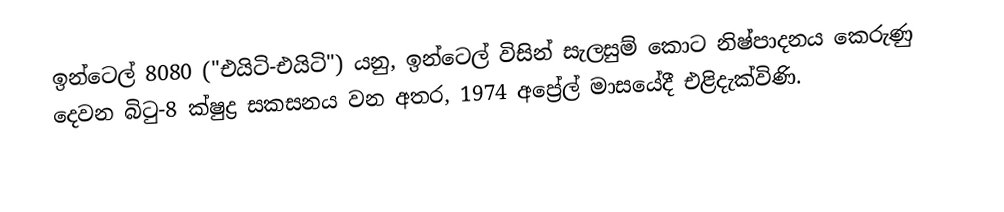
ඉන්ටෙල් 8080 ("එයිටි-එයිටි") යනු,  ඉන්ටෙල් විසින් සැලසුම් කොට නිෂ්පාදනය කෙරුණු දෙවන බිටු-8 ක්ෂුද්‍ර සකසනය වන අතර, 1974 අප්‍රේල් මාසයේදී එළිදැක්විණි.